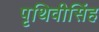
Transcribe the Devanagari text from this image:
पृथिवीसिंह